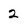
Character: 2